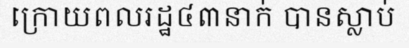
ក្រោយពលរដ្ឋ៤៣នាក់ បានស្លាប់